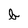
Character: b